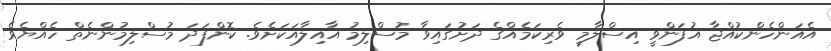
އެއަންހެންކުއްޖާ އުފަންވީ އިސްލާމީ ވެރިކަމެއްގެ ދަށުގައިވާ މުސްލިމު އާއިލާއަކަށެވެ. ކޮންފަދަ މުސްލިމުންނެތް ހެއްޔެވެ